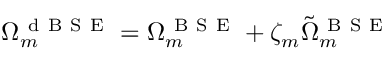
\Omega _ { m } ^ { \mathrm { ~ d ~ B ~ S ~ E ~ } } = \Omega _ { m } ^ { \mathrm { ~ B ~ S ~ E ~ } } + \zeta _ { m } \Tilde { \Omega } _ { m } ^ { \mathrm { ~ B ~ S ~ E ~ } }